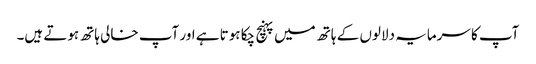
آپ کا سرمایہ دلالوں کے ہاتھ میں پہنچ چکا ہوتا ہے اور آپ خالی ہاتھ ہوتے ہیں۔